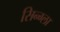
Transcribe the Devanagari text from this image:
सिन्ग्ला